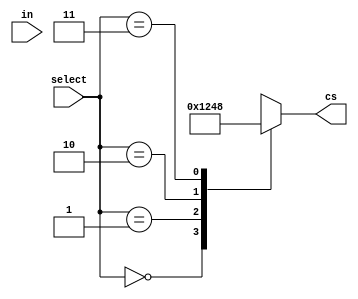
module decoder (cs, in, select);
	output reg [3:0] cs;
	input in;
	input [1:0] select;
	always @(select, in)
	begin
case(select)
2'b00 : begin
			cs <= 4'b0001;
			end 
2'b01 : begin
		cs <= 4'b0010;
		end 
2'b10 : begin
		cs <= 4'b0100;
		end
2'b11 : begin

cs <= 4'b1000;
		end
default : begin
	cs <= 4'b0000;
	end
endcase
end 
	endmodule